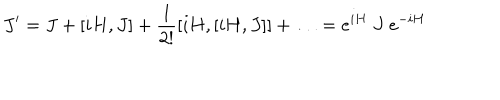
J ^ { \prime } = J + [ i H , J ] + \frac { 1 } { 2 ! } [ i H , [ i H , J ] ] + \ldots = e ^ { i H } ~ J ~ e ^ { - i H }